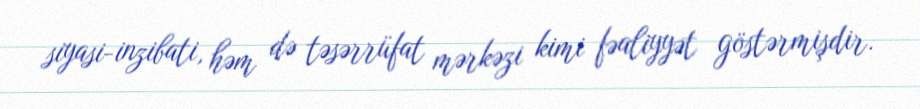
siyasi-inzibati, həm də təsərrüfat mərkəzi kimi fəaliyyət göstərmişdir.